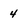
Character: 4